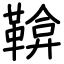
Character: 鞥